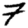
Digit: 7